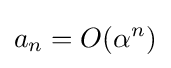
a_{n}=O(\alpha ^{n})